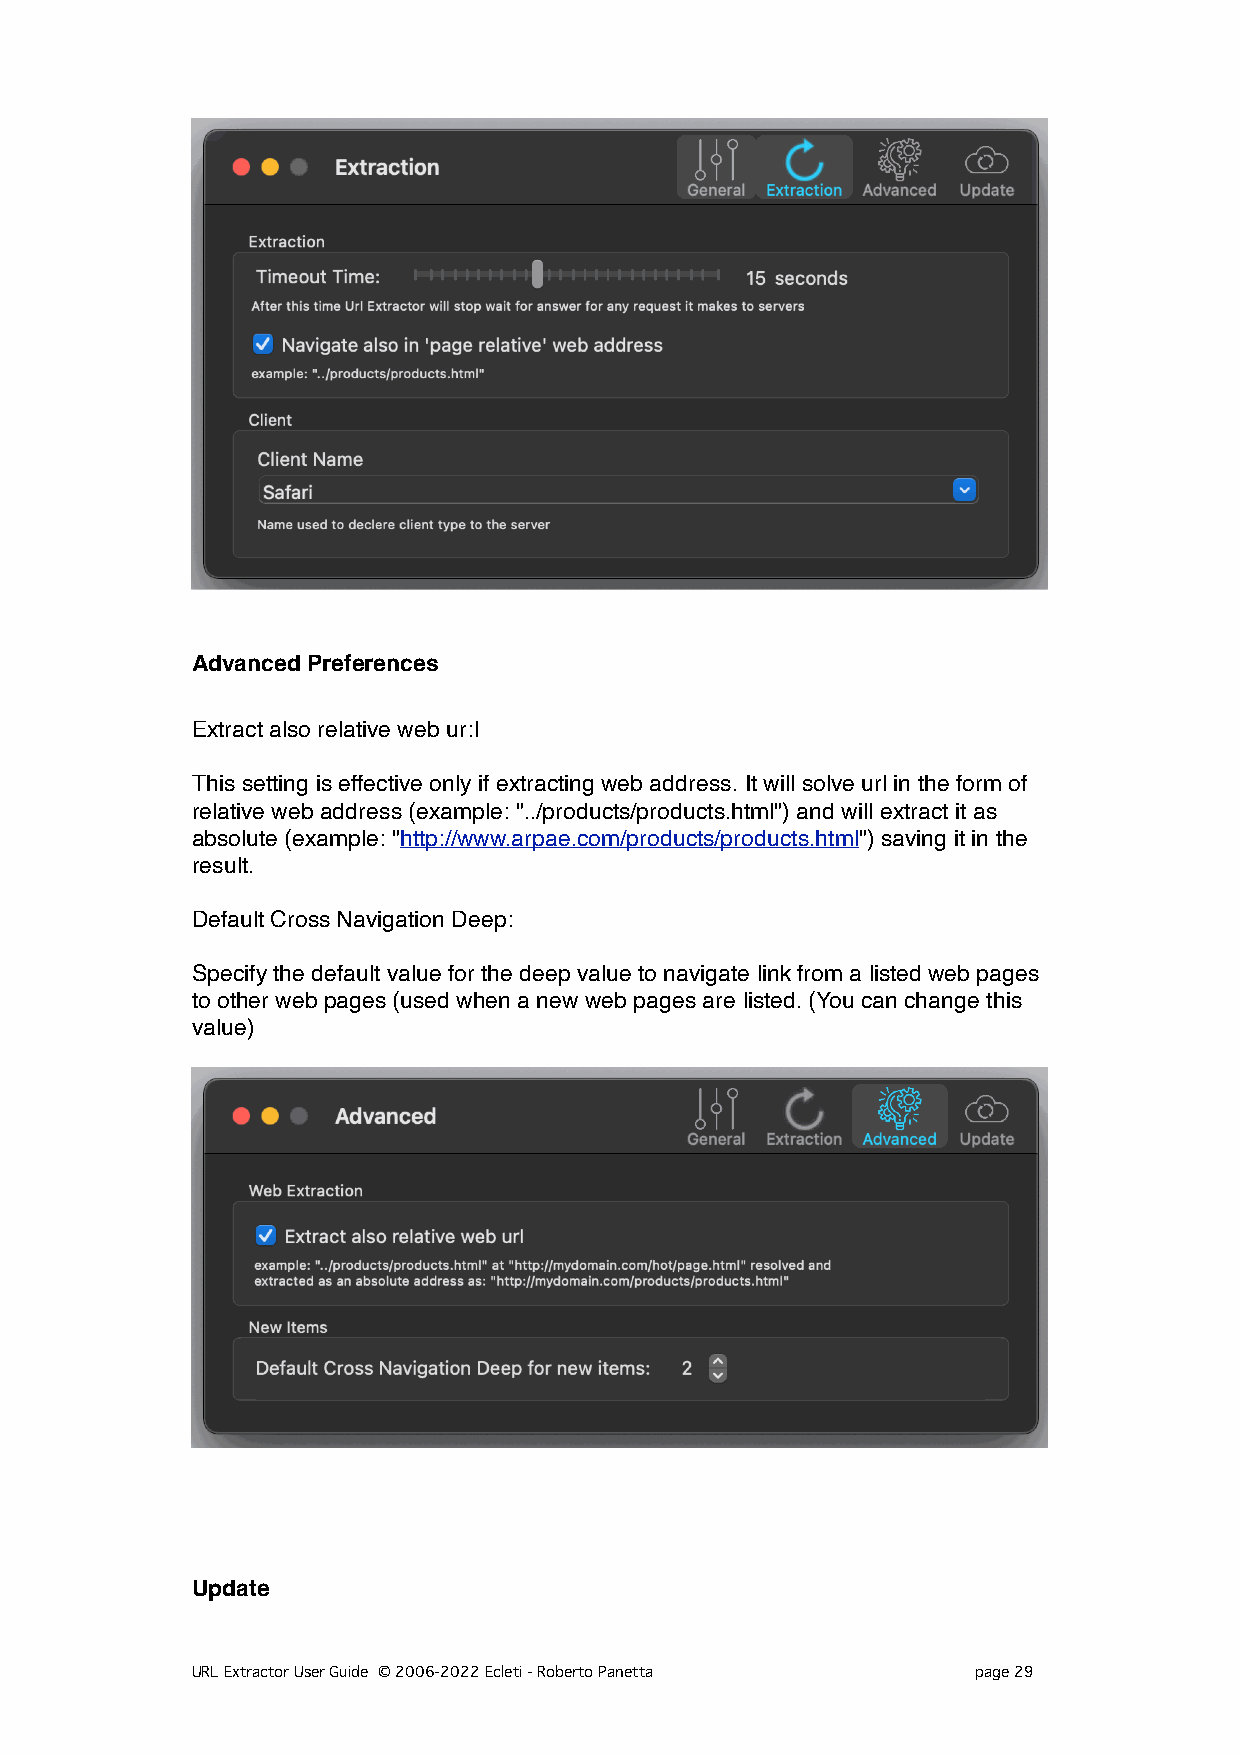
Advanced Preferences
 Extract also relative web ur:l
 This setting is effective only if extracting web address. It will solve url in the form of
 relative web address (example: "../products/products.html") and will extract it as
 absolute (example: "http://www.arpae.com/products/products.html") saving it in the
 result.
 Default Cross Navigation Deep:
 Specify the default value for the deep value to navigate link from a listed web pages
 to other web pages (used when a new web pages are listed. (You can change this
 value)
 Update
 URL Extractor User Guide © 2006-2022 Ecleti - Roberto Panetta page 29